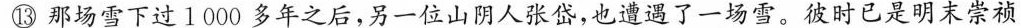
⑬那场雪下过1000多年之后，另一位山阴人张岱，也遭遇了一场雪。彼时已是明末崇祯